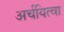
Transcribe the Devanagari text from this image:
अर्चयित्वा